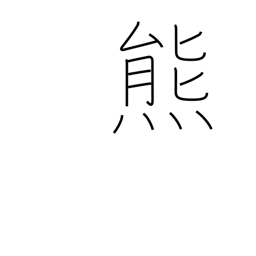
Meaning: bear